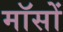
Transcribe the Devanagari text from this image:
मॉसों